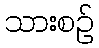
သားစဉ်